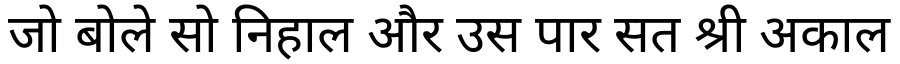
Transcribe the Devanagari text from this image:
जो बोले सो निहाल और उस पार सत श्री अकाल